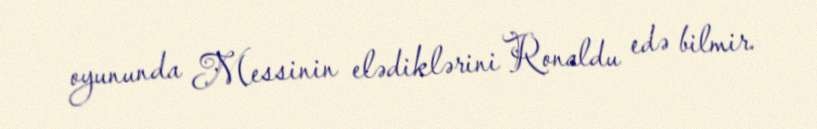
oyununda Messinin elədiklərini Ronaldu edə bilmir.